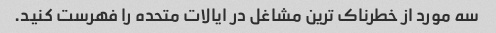
سه مورد از خطرناک ترین مشاغل در ایالات متحده را فهرست کنید.